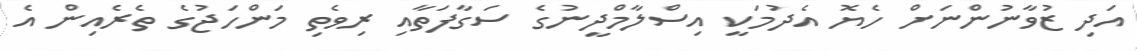
އަދި ޒުވާނުންނަށް ހެޔޮ އެދުމަކީ އިސްލާމްދީނުގެ ސަގާފަތާއި ރިވެތި މަންހަޖުގެ ތެރެއިން އެ